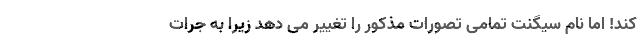
کند! اما نام سیگنت تمامی تصورات مذکور را تغییر می دهد زیرا به جرات